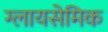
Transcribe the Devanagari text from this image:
ग्लायसेमिक